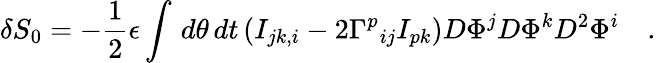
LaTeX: \delta S_{0}=-\frac{1}{2}\epsilon\int\, d\theta\, dt\left(I_{jk,i}-2{\Gamma^{p}}_{ij}I_{pk}\right)D\Phi^{j}D\Phi^{k}D^{2}\Phi^{i}\quad.